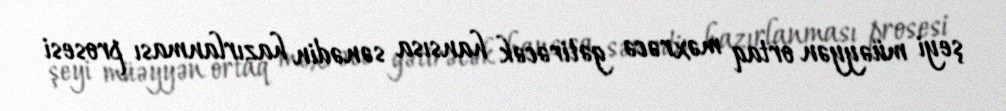
şeyi müəyyən ortaq məxrəcə gətirəcək hansısa sənədin hazırlanması prosesi